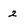
Character: 2